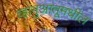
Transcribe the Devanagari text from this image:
व्हानुआतूमधील